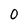
Character: 0